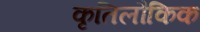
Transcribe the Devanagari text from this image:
कृतिलौकिक